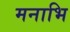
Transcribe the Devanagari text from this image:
मनाभि